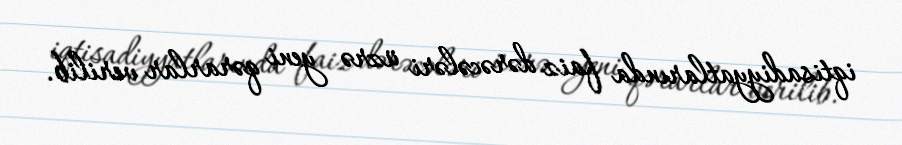
iqtisadiyyatlarında faiz dərəcələri üzrə yeni qərarlar verilib.